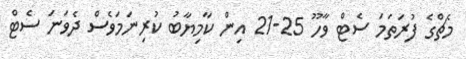
މެޗްގެ ފުރަތަމަ ސެޓް ވާހޫ 25-21 އިން ކާމިޔާބު ކުރިނަމަވެސް ދެވަނަ ސެޓް